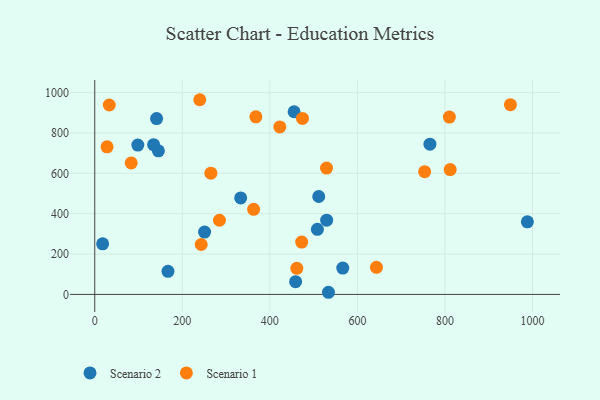
{"axis": {"x": "Engine Size", "y": "Salary"}, "legend": ["Scenario 1", "Scenario 2"], "data": [{"x": "145.4", "y": 711.8, "type": "Scenario 2"}, {"x": "511.7", "y": 485.1, "type": "Scenario 2"}, {"x": "98.4", "y": 739.9, "type": "Scenario 2"}, {"x": "566.6", "y": 130.5, "type": "Scenario 2"}, {"x": "988.3", "y": 359.7, "type": "Scenario 2"}, {"x": "455.4", "y": 905.2, "type": "Scenario 2"}, {"x": "141.3", "y": 871.4, "type": "Scenario 2"}, {"x": "18.0", "y": 250.8, "type": "Scenario 2"}, {"x": "134.4", "y": 742.1, "type": "Scenario 2"}, {"x": "533.9", "y": 10.6, "type": "Scenario 2"}, {"x": "529.8", "y": 367.7, "type": "Scenario 2"}, {"x": "508.6", "y": 322.4, "type": "Scenario 2"}, {"x": "333.4", "y": 478.4, "type": "Scenario 2"}, {"x": "458.8", "y": 62.9, "type": "Scenario 2"}, {"x": "250.9", "y": 309.1, "type": "Scenario 2"}, {"x": "167.3", "y": 114.2, "type": "Scenario 2"}, {"x": "765.7", "y": 744.5, "type": "Scenario 2"}, {"x": "265.3", "y": 600.6, "type": "Scenario 1"}, {"x": "422.8", "y": 829.9, "type": "Scenario 1"}, {"x": "643.5", "y": 134.3, "type": "Scenario 1"}, {"x": "83.3", "y": 651.5, "type": "Scenario 1"}, {"x": "472.7", "y": 259.6, "type": "Scenario 1"}, {"x": "753.6", "y": 608.0, "type": "Scenario 1"}, {"x": "362.9", "y": 421.5, "type": "Scenario 1"}, {"x": "810.1", "y": 878.6, "type": "Scenario 1"}, {"x": "239.9", "y": 964.8, "type": "Scenario 1"}, {"x": "949.6", "y": 940.4, "type": "Scenario 1"}, {"x": "33.2", "y": 938.6, "type": "Scenario 1"}, {"x": "461.6", "y": 129.5, "type": "Scenario 1"}, {"x": "284.9", "y": 367.5, "type": "Scenario 1"}, {"x": "474.5", "y": 872.3, "type": "Scenario 1"}, {"x": "28.1", "y": 731.3, "type": "Scenario 1"}, {"x": "529.5", "y": 626.1, "type": "Scenario 1"}, {"x": "811.9", "y": 618.8, "type": "Scenario 1"}, {"x": "368.1", "y": 879.9, "type": "Scenario 1"}, {"x": "243.2", "y": 247.4, "type": "Scenario 1"}]}